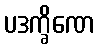
ပဒက္ခိဏေ